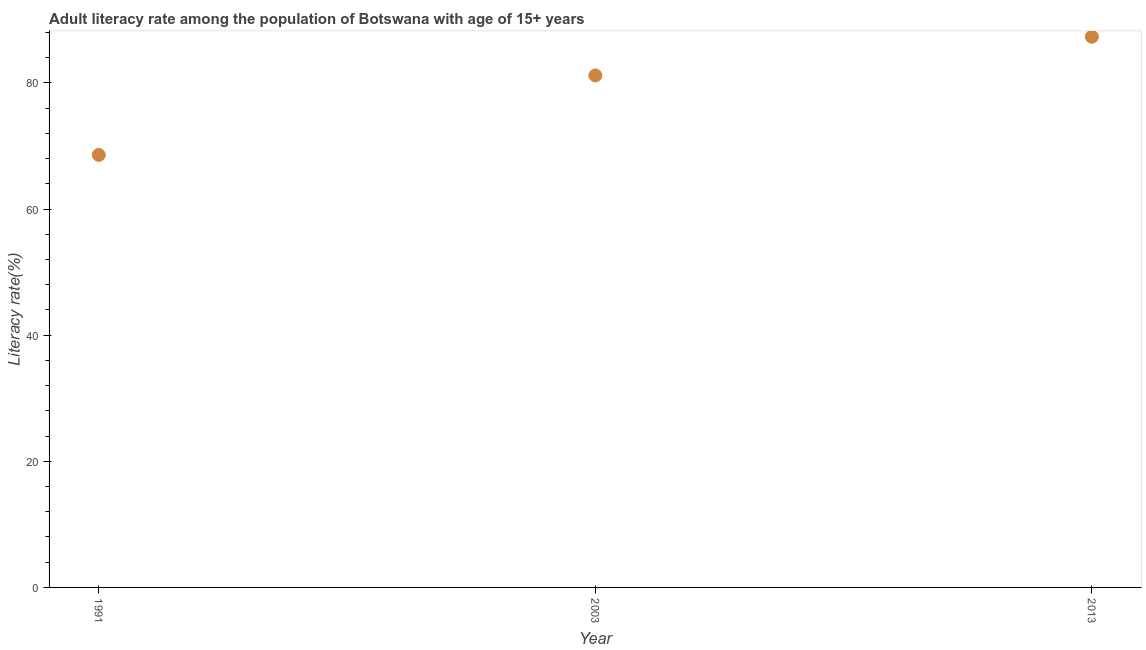
| Year | Adult literacy rate |
 | --- | --- |
 | 1991 | 68.6 |
 | 2003 | 81.2 |
 | 2013 | 87.3 |